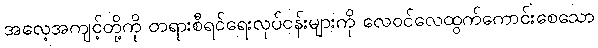
အလေ့အကျင့်တို့ကို တရားစီရင်ရေးလုပ်ငန်းများကို လေဝင်လေထွက်ကောင်းစေသော